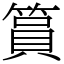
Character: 篔